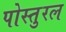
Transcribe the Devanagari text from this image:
पोस्तुरल